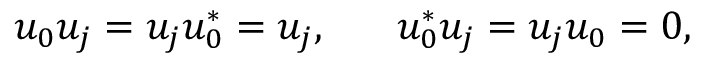
u _ { 0 } u _ { j } = u _ { j } u _ { 0 } ^ { * } = u _ { j } , ~ ~ ~ ~ ~ u _ { 0 } ^ { * } u _ { j } = u _ { j } u _ { 0 } = 0 ,